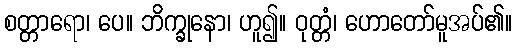
စတ္တာရော၊ ပေ။ ဘိက္ခုနော၊ ဟူ၍။ ဝုတ္တံ၊ ဟောတော်မူအပ်၏။